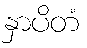
နှာပိတံ